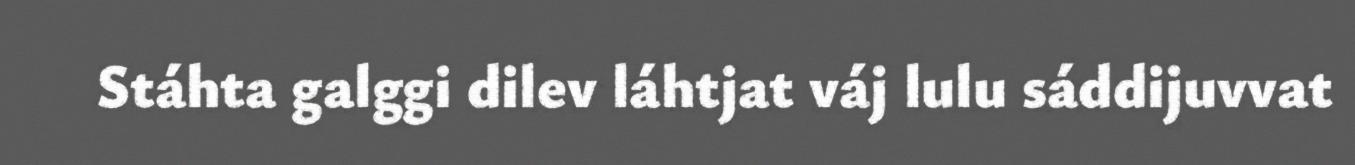
Stáhta galggi dilev láhtjat váj lulu sáddijuvvat